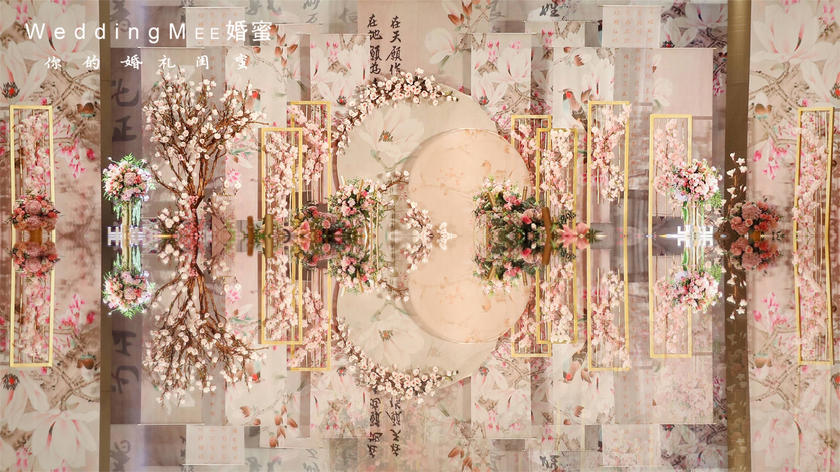
忆昔花间相见后，只凭纤手，暗抛红豆。